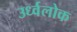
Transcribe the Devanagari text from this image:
उर्ध्वलोक